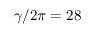
\gamma / 2 \pi = 2 8